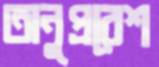
অনুপ্রবেশ